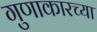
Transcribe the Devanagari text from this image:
गुणाकारच्या